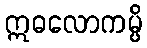
ဣဓလောကမ္ပိ